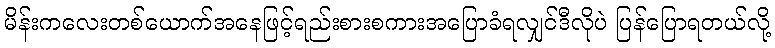
မိန်းကလေးတစ်ယောက်အနေဖြင့်ရည်းစားစကားအပြောခံရလျှင်ဒီလိုပဲ ပြန်ပြောရတယ်လို့